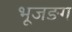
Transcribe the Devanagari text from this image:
भूजङग